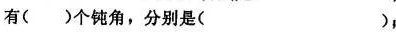
有( )个钝角，分别是( )，